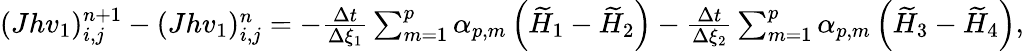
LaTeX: \begin{array}{r}{(Jhv_{1})_{i,j}^{n+1}-(Jhv_{1})_{i,j}^{n}=-\frac{\Delta t}{\Delta\xi_{1}}\sum_{m=1}^{p}\alpha_{p,m}\left(\widetilde{H}_{1}-\widetilde{H}_{2}\right)-\frac{\Delta t}{\Delta\xi_{2}}\sum_{m=1}^{p}\alpha_{p,m}\left(\widetilde{H}_{3}-\widetilde{H}_{4}\right),}\end{array}